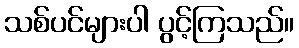
သစ်ပင်များပါ ပွင့်ကြသည်။